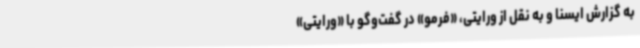
به گزارش ایسنا و به نقل از ورایتی،‌ «فرمو» در گفت‌وگو با «ورایتی»